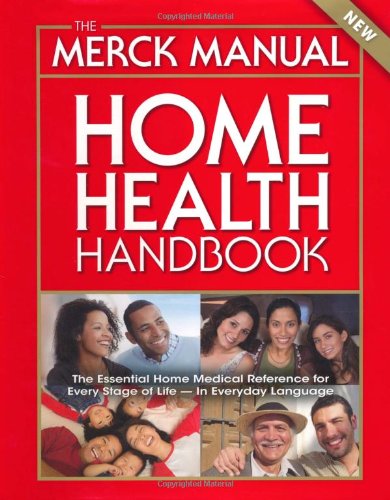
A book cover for The Merck Manual Home Health Handbook: Third Home Edition; Health, Fitness & Dieting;